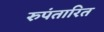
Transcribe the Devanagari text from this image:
रुपंतारित